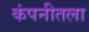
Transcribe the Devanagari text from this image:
कंपनीतला